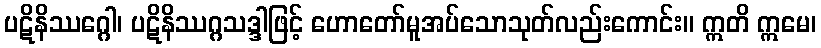
ပဋိနိဿဂ္ဂေါ၊ ပဋိနိဿဂ္ဂသဒ္ဒါဖြင့် ဟောတော်မူအပ်သောသုတ်လည်းကောင်း။ ဣတိ ဣမေ၊